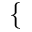
\{